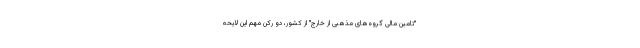
"تامین مالی گروه‌های مذهبی از خارج" از کشور، دو رکن مهم این لایحه